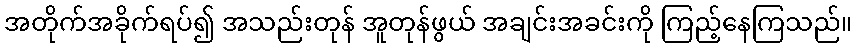
အတိုက်အခိုက်ရပ်၍ အသည်းတုန် အူတုန်ဖွယ် အချင်းအခင်းကို ကြည့်နေကြသည်။